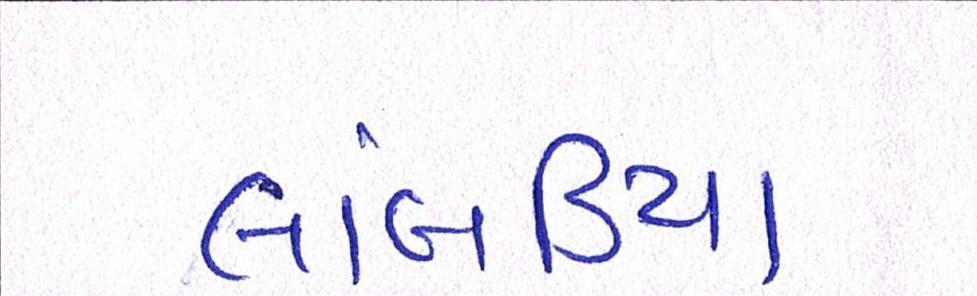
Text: લાંબડીયા